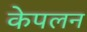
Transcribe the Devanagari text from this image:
केपलन